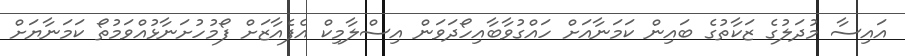
އައިސާ މުދަލުގެ ޒަކާތުގެ ބައިން ކަމަނާއަށް ހައްގުވާބާއިހޯދަވަން އިސްލާމިކް އެފެއާޒަށް ފޯމުހުށަނާޅުއްވަމުތޯ ކަމަނާޔަށް